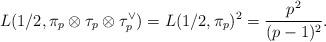
LaTeX: \begin{align*} L(1/2, \pi_p \otimes \tau_p \otimes \tau_p^{\vee}) = L(1/2,\pi_p)^2 = \frac{p^2}{(p-1)^2}.\end{align*}